Indian journal of veterinary science and animal husbandry - Volume 3,
Year: 1933
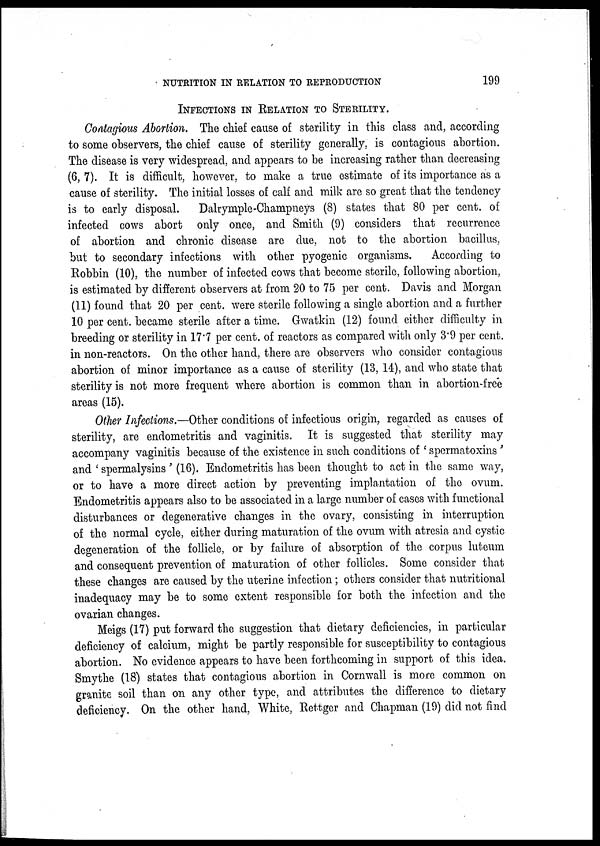
NUTRITION IN RELATION TO REPRODUCTION
199
INFECTIONS IN RELATION TO STERILITY.
Contagious Abortion. The chief cause of sterility in this class and, according
to some observers, the chief cause of sterility generally, is contagious abortion.
The disease is very widespread, and appears to be increasing rather than decreasing
(6, 7). It is difficult, however, to make a true estimate of its importance as a
cause of sterility. The initial losses of calf and milk are so great that the tendency
is to early disposal.
Dalrymple-Champneys (8) states that 80 per cent. of
infected cows abort only once, and Smith (9) considers that recurrence
of abortion and chronic disease are due, not to the abortion bacillus,
but to secondary infections with other pyogenic organisms.
According to
Robbin (10), the number of infected cows that become sterile, following abortion,
is estimated by different observers at from 20 to 75 per cent. Davis and Morgan
(11) found that 20 per cent. were sterile following a single abortion and a further
10 per cent. became sterile after a time. Gwatkin (12) found either difficulty in
breeding or sterility in 17.7 per cent. of reactors as compared with only 3.9 per cent.
in non-reactors. On the other hand, there are observers who consider contagious
abortion of minor importance as a cause of sterility (13, 14), and who state that
sterility is not more frequent where abortion is common than in abortion-free
areas (15).
Other Infections.—Other conditions of infectious origin, regarded as causes of
sterility, are endometritis and vaginitis. It is suggested that sterility may
accompany vaginitis because of the existence in such conditions of ' spermatoxins '
and ' spermalysins' (16). Endometritis has been thought to act in the same way,
or to have a more direct action by preventing implantation of the ovum.
Endometritis appears also to be associated in a large number of cases with functional
disturbances or degenerative changes in the ovary, consisting in interruption
of the normal cycle, either during maturation of the ovum with atresia and cystic
degeneration of the follicle, or by failure of absorption of the corpus luteum
and consequent prevention of maturation of other follicles. Some consider that
these changes are caused by the uterine infection; others consider that nutritional
inadequacy may be to some extent responsible for both the infection and the
ovarian changes.
Meigs (17) put forward the suggestion that dietary deficiencies, in particular
deficiency of calcium, might be partly responsible for susceptibility to contagious
abortion. No evidence appears to have been forthcoming in support of this idea.
Smythe (18) states that contagious abortion in Cornwall is more common on
granite soil than on any other type, and attributes the difference to dietary
deficiency. On the other hand, White, Rettger and Chapman (19) did not find